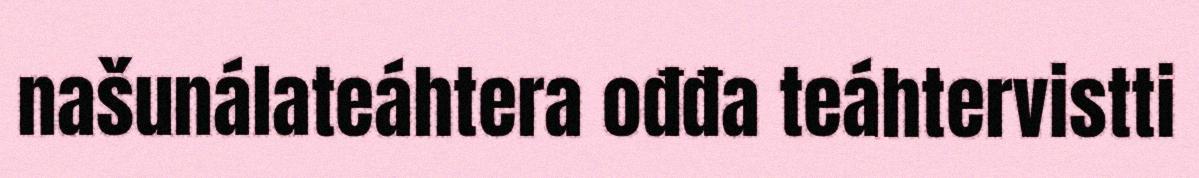
našunálateáhtera ođđa teáhtervistti